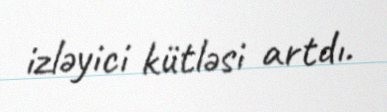
izləyici kütləsi artdı.